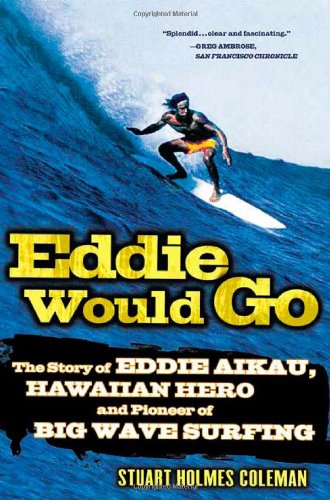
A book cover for Eddie Would Go: The Story of Eddie Aikau, Hawaiian Hero and Pioneer of Big Wave Surfing; Stuart Holmes Coleman; Sports & Outdoors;